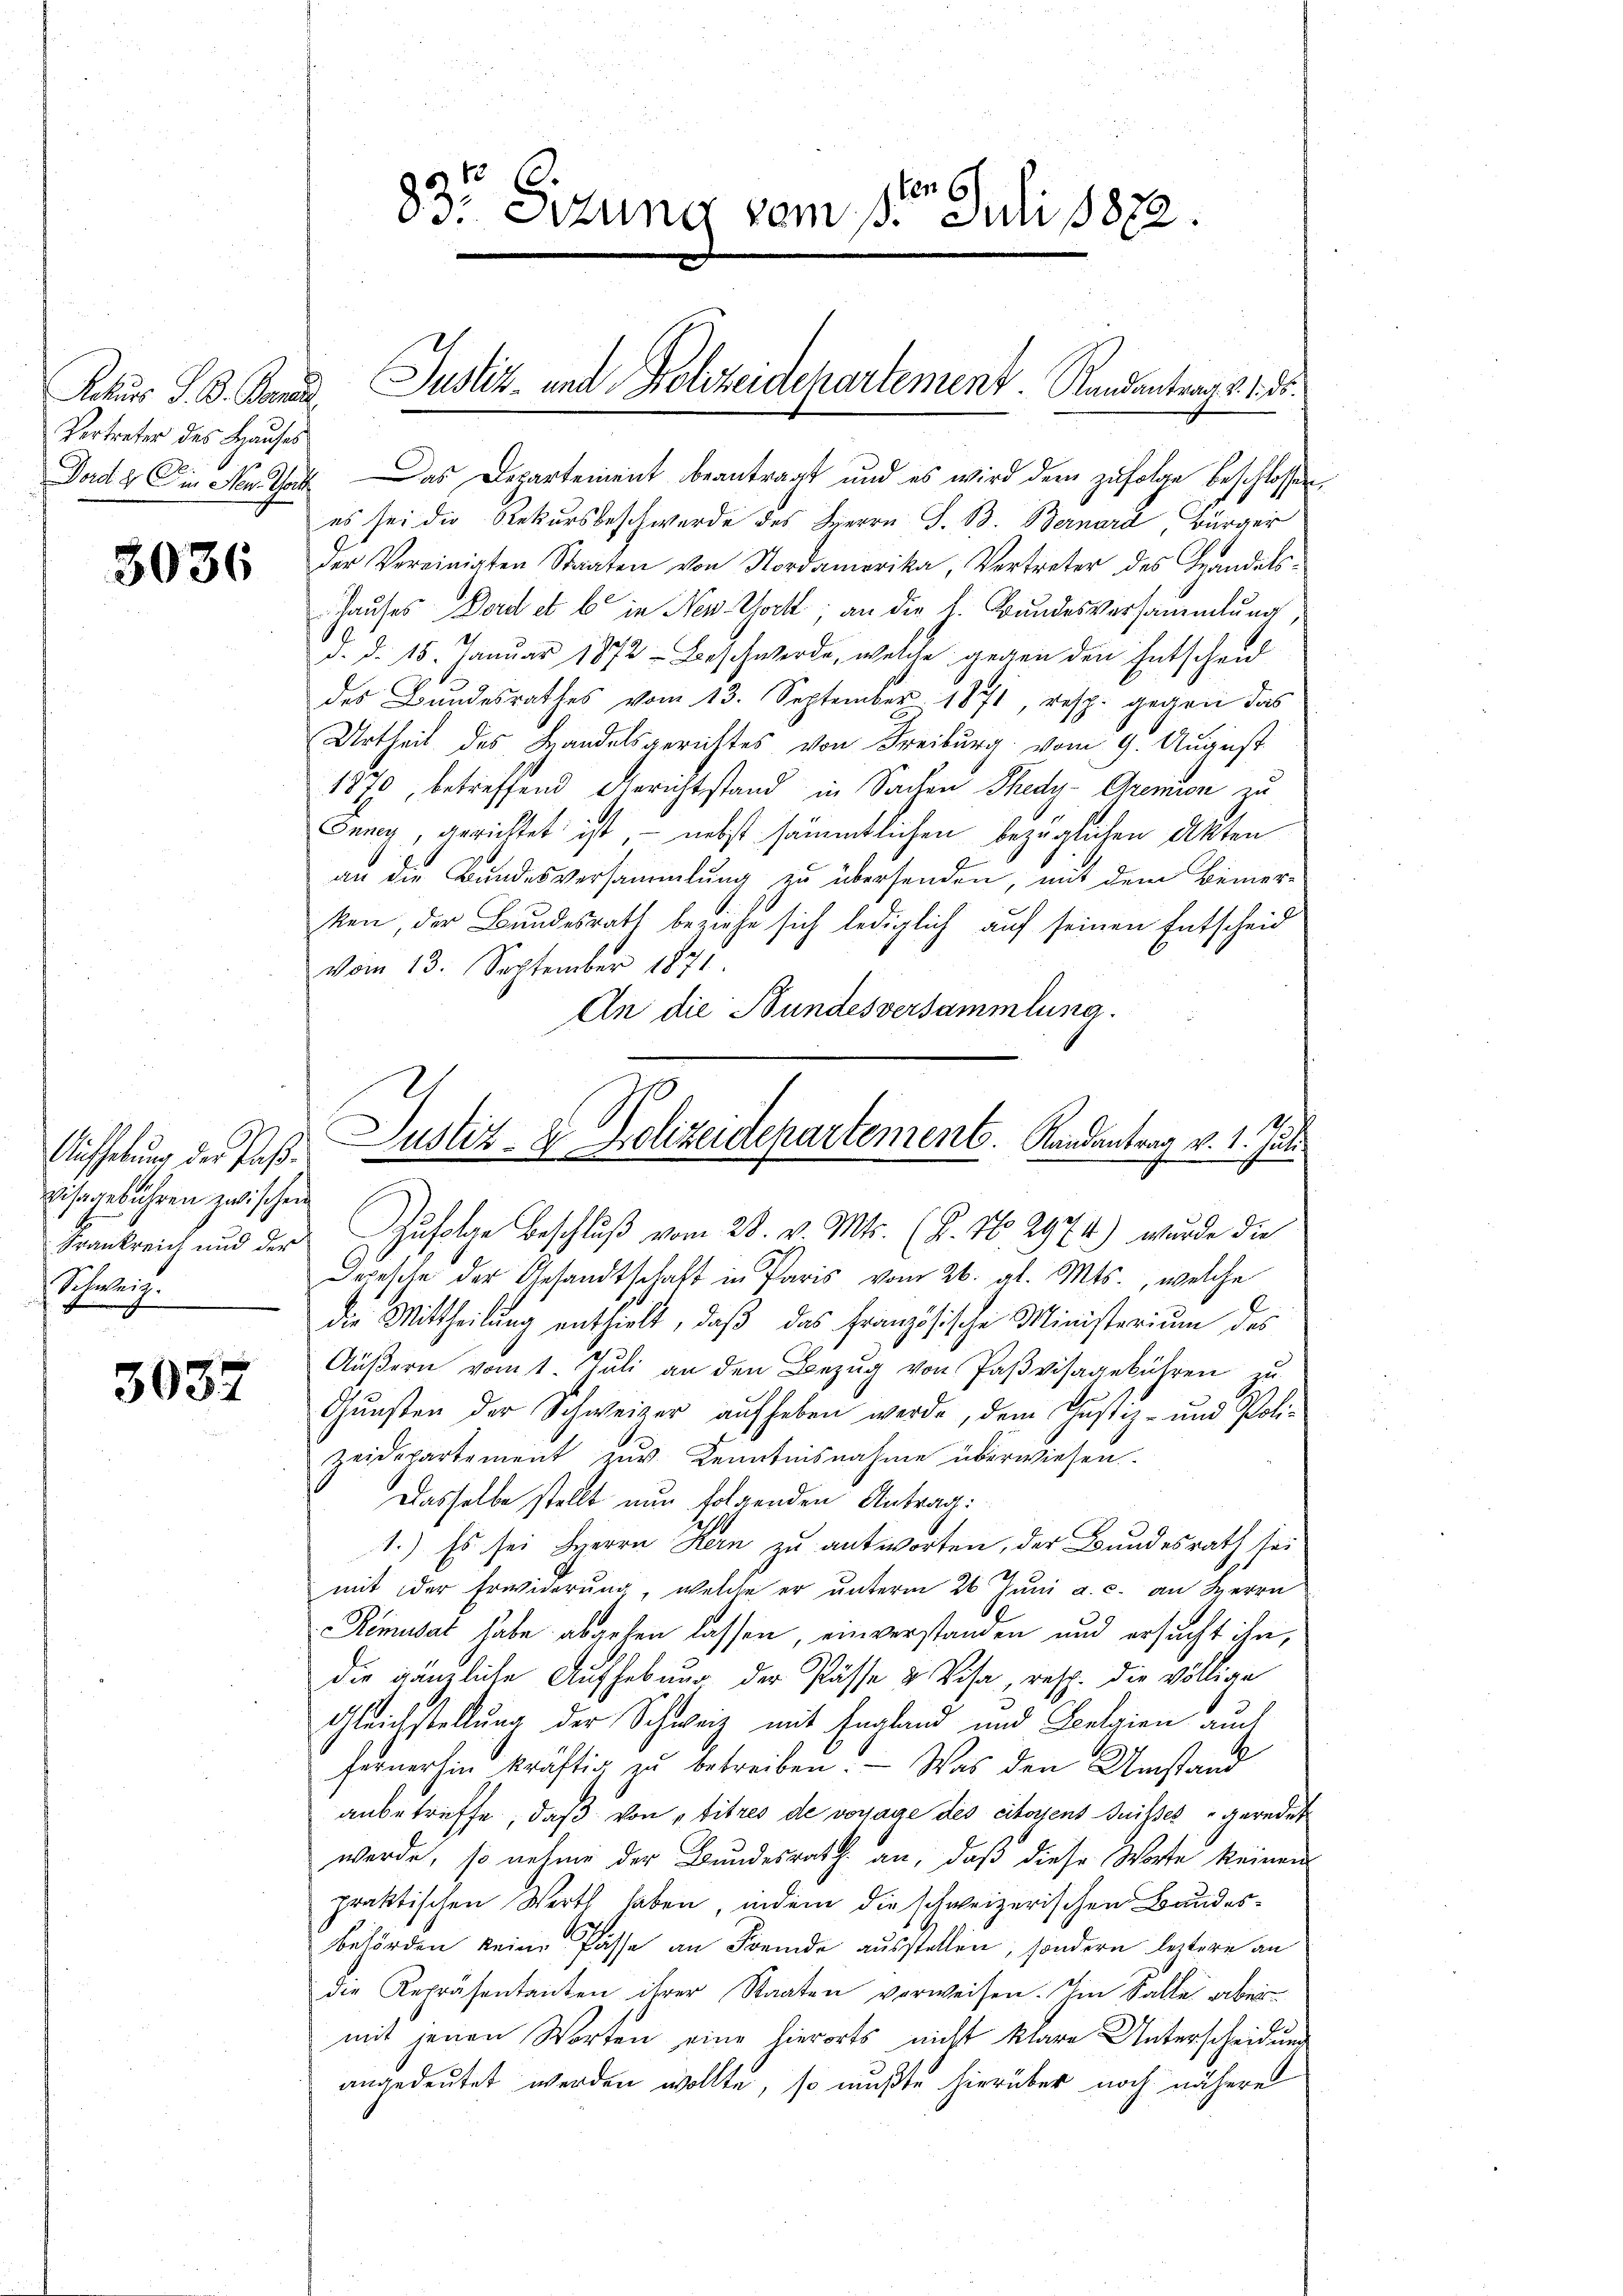
Rekurs S. B. Bera
Vertreter des Hauses
Dord 2. Die Non That

3036

Aufhebung der Paßvisagebühren zwischen
Frankreich und der
Schweiz.

3032

Das Departement beantragt und es wird dem zufolge beschlossen
es sei die Rekursbeschwerde des Herrn J. B. Bernard Bürger
der Vereinigten Staaten von Nordamerika, Vertreter des Handels-
Hauses Dord et 6 in New York an die L. Bundesversammlung
d. d. 15. Januar 1872 - Beschwerde, welche gegen den Entscheid
des Bundesrathes vom 13. September 1871, resp. gegen das
Urtheil des Handelsgerichtes von Freiburg vom 9. August
1870, betreffend Gerichtstand in Sachen Thedy-Gremien zu
Juny, gerichtet ist, - nebst sämmtlichen bezüglichen Akten
an die Bundesversammlung zu übersenden, mit dem Bemer-
ken, der Bundesrath beziehe sich lediglich auf seinen Entscheid
vom 13. September 1871.
An die Bundesversammlung.
Zufolge Beschluß vom 28. v. Mts. (T. No 2974) wurde die
Depesche der Gesandtschaft in Paris vom 26. gl. Mts., welche
die Mittheilung enthielt, daß das Französische Ministerium des
Äußern vom 1. Jŭli an den Bezŭg von Paßvisagebühren zu
Gŭnsten der Schweizer aufheben werde, dem Justiz- und Poli-
Zeidepartement zur Kenntnisnahme überwiesen.
Dasselbe stellt nun folgenden Antrag:
1.) Es sei Herrn Kern zu antworten, der Bundesrath sei
mit der Erwiderung, welche er unterm 26 Juni a. c. an Herrn
Rimusat habe abgehen lassen, einverstanden und ersucht ihn,
die gänzliche Aufhebung der Pässe & Visa resp. die völlige
Gleichstellung der Schweiz mit England und Belgien auch
fernerhin kräftig zu betreiben. — Was den Umstand
anbetreffe, daß von titres de vorage des citoyens Buisses geredet
werde, so nehme der Bundesrath an, daß diese Worte keinem
praktischen Werth haben, indem die schweizerischen Bandesbehörden keine Pässe an Fremde ausstellen, sondern leztere an
die Repräsentanten ihrer Staaten verweisen. Im Falle aber
mit jenen Worten eine hierorts nicht klare Unterscheidung
angedeutet werden wollte, so müßte hierüber noch nähere

83 Sizung vom 18te͇n Juli 1822.

Justiz- und Polizeidepartement. Randantrag v. 1. ds.

Justiz- & Polizeidepartement. Kandeantrag v. 1. Juli.